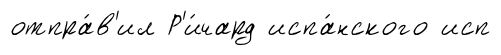
отпра́в'ил Р'и́чард испа́нского исп